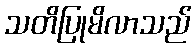
သတိပြုမိလာသည်